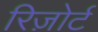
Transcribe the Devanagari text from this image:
रिज़ोर्ट